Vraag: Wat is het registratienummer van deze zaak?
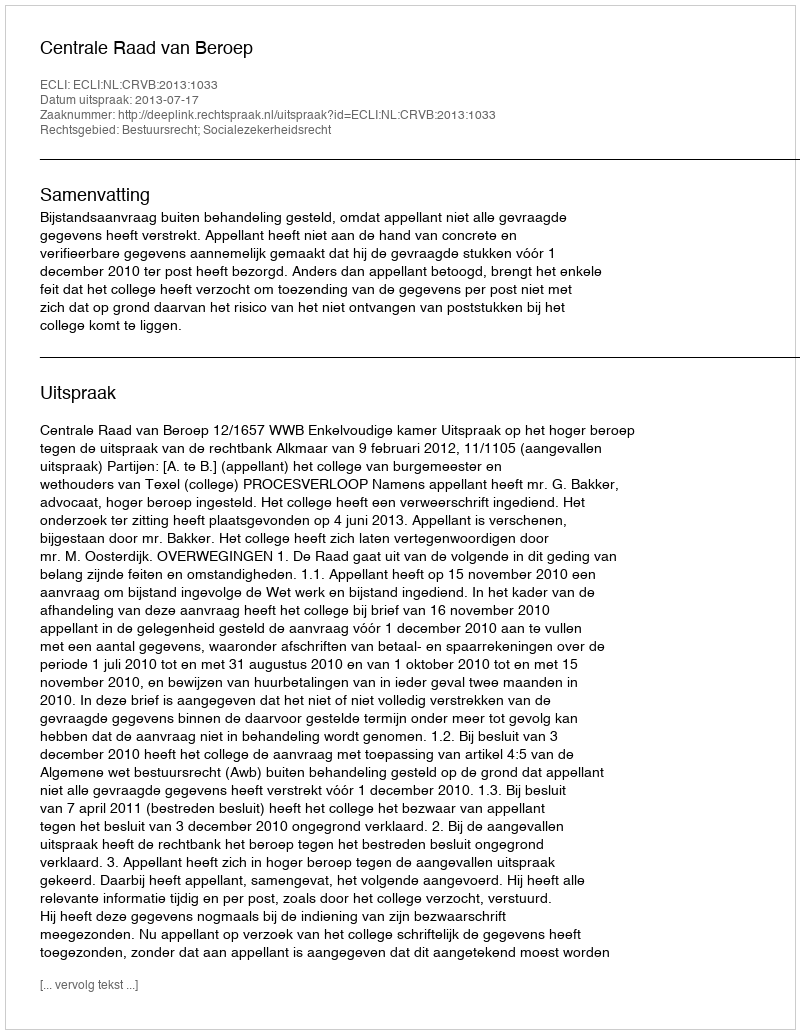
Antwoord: http://deeplink.rechtspraak.nl/uitspraak?id=ECLI:NL:CRVB:2013:1033